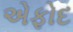
એફોદ